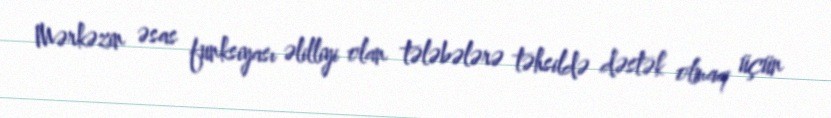
Mərkəzin əsas funksiyası əlilliyi olan tələbələrə təhsildə dəstək olmaq üçün